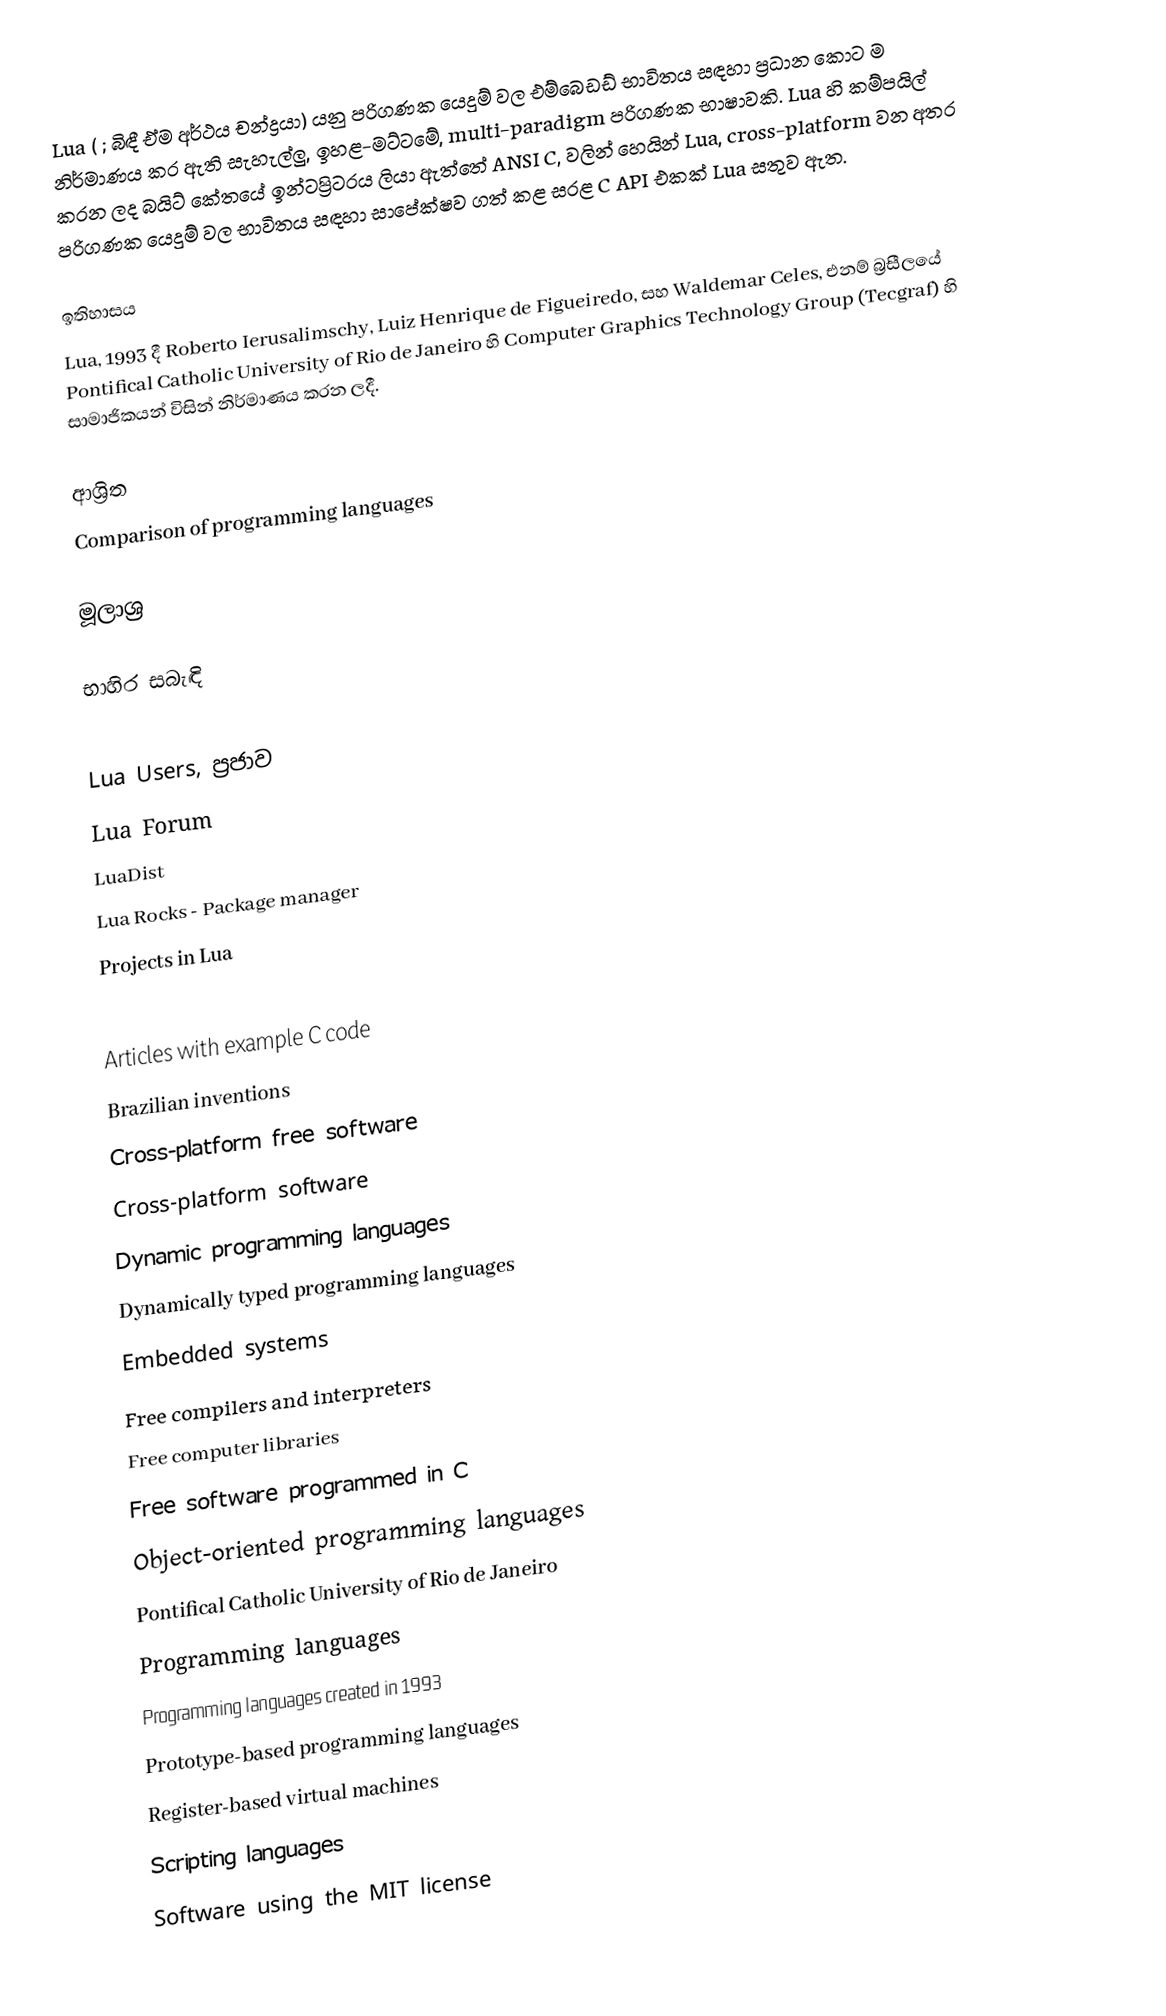
Lua ( ; බිඳී ඒම   අර්ථය චන්ද්‍රයා) යනු පරිගණක යෙදුම් වල එම්බෙඩඩ් භාවිතය සඳහා ප්‍රධාන කොට ම නිර්මාණය කර ඇති සැහැල්ලු, ඉහළ-මට්ටමේ, multi-paradigm පරිගණක භාෂාවකි. Lua හි කම්පයිල් කරන ලද බයිට් කේතයේ ඉන්ටප්‍රිටරය ලියා ඇත්තේ ANSI C, වලින් හෙයින් Lua, cross-platform වන අතර පරිගණක යෙදුම් වල භාවිතය සඳහා සාපේක්ෂව ගත් කළ සරළ C API එකක් Lua සතුව ඇත.

ඉතිහාසය
Lua, 1993 දී Roberto Ierusalimschy, Luiz Henrique de Figueiredo, සහ Waldemar Celes, එනම් බ්‍රසීලයේ Pontifical Catholic University of Rio de Janeiro හි Computer Graphics Technology Group (Tecgraf) හි සාමාජිකයන් විසින් නිර්මාණය කරන ලදී.

ආශ්‍රිත
 Comparison of programming languages

මූලාශ්‍ර

භාහිර සබැඳි

 Lua Users, ප්‍රජාව
 Lua Forum
 LuaDist
 Lua Rocks - Package manager
 Projects in Lua

Articles with example C code
Brazilian inventions
Cross-platform free software
Cross-platform software
Dynamic programming languages
Dynamically typed programming languages
Embedded systems
Free compilers and interpreters
Free computer libraries
Free software programmed in C
Object-oriented programming languages
Pontifical Catholic University of Rio de Janeiro
Programming languages
Programming languages created in 1993
Prototype-based programming languages
Register-based virtual machines
Scripting languages
Software using the MIT license